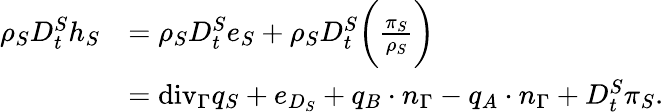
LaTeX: \begin{array}{rl}{\rho_{S}D_{t}^{S}h_{S}}&{=\rho_{S}D_{t}^{S}e_{S}+\rho_{S}D_{t}^{S}\bigg(\frac{\pi_{S}}{\rho_{S}}\bigg)}\\ &{=\mathrm{{div}}_{\Gamma}q_{S}+e_{D_{S}}+q_{B}\cdot n_{\Gamma}-q_{A}\cdot n_{\Gamma}+D_{t}^{S}\pi_{S}.}\end{array}